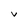
Character: V